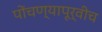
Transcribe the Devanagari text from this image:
पोंचण्यापूर्वीच